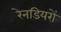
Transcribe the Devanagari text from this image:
रेनडियरों